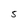
Character: 5